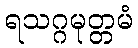
ရသဂ္ဂမုတ္တမံ